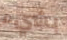
بشيء